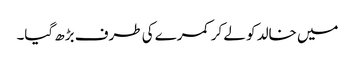
میں خالد کو لے کر کمرے کی طرف بڑھ گیا۔